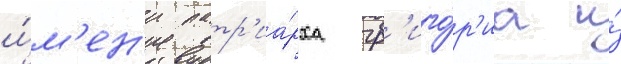
и́м'ен'и патр'иа́рха гр'иго́р'иа и́